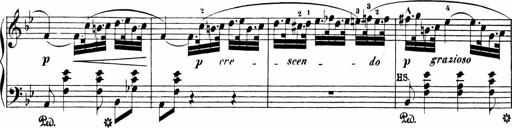
Title: Sonatinas
Composer: Andrew Violette